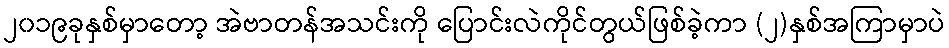
၂၀၁၉ခုနှစ်မှာတော့ အဲဗာတန်အသင်းကို ပြောင်းလဲကိုင်တွယ်ဖြစ်ခဲ့ကာ (၂)နှစ်အကြာမှာပဲ